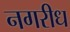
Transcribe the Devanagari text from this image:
नगरीध